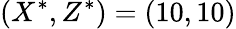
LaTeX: (X^{*},Z^{*})=(10,10)